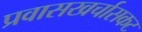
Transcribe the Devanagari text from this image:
प्रवासखर्चासकट